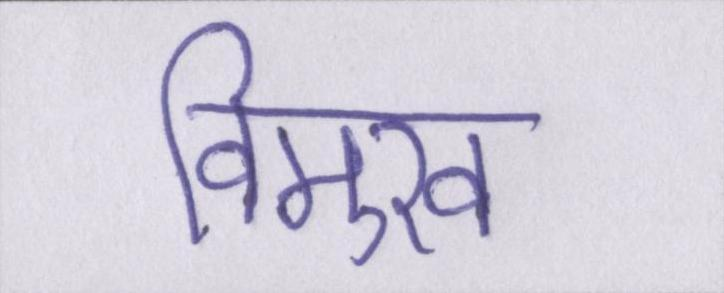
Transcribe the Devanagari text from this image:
विमुख